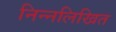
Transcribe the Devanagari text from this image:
निन्नलिखित